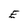
Character: E